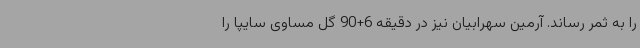
را به ثمر رساند. آرمین سهرابیان نیز در دقیقه 6+90 گل مساوی سایپا را